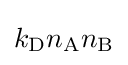
k_{\mathrm {D} }n_{\mathrm {A} }n_{\mathrm {B} }